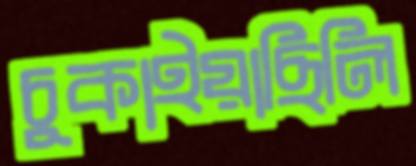
চুকাইয়াছিলি